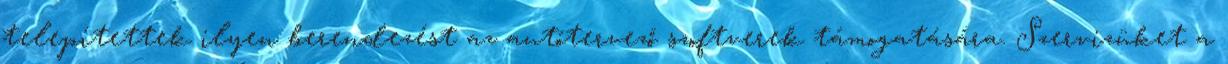
telepítettek ilyen berendezést az autótervező szoftverek támogatására. Szervizüket a